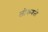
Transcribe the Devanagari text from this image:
लोकवळे